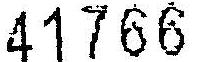
41766